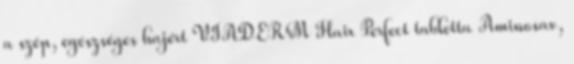
a szép, egészséges hajért VIADERM Hair Perfect tabletta Aminosav,